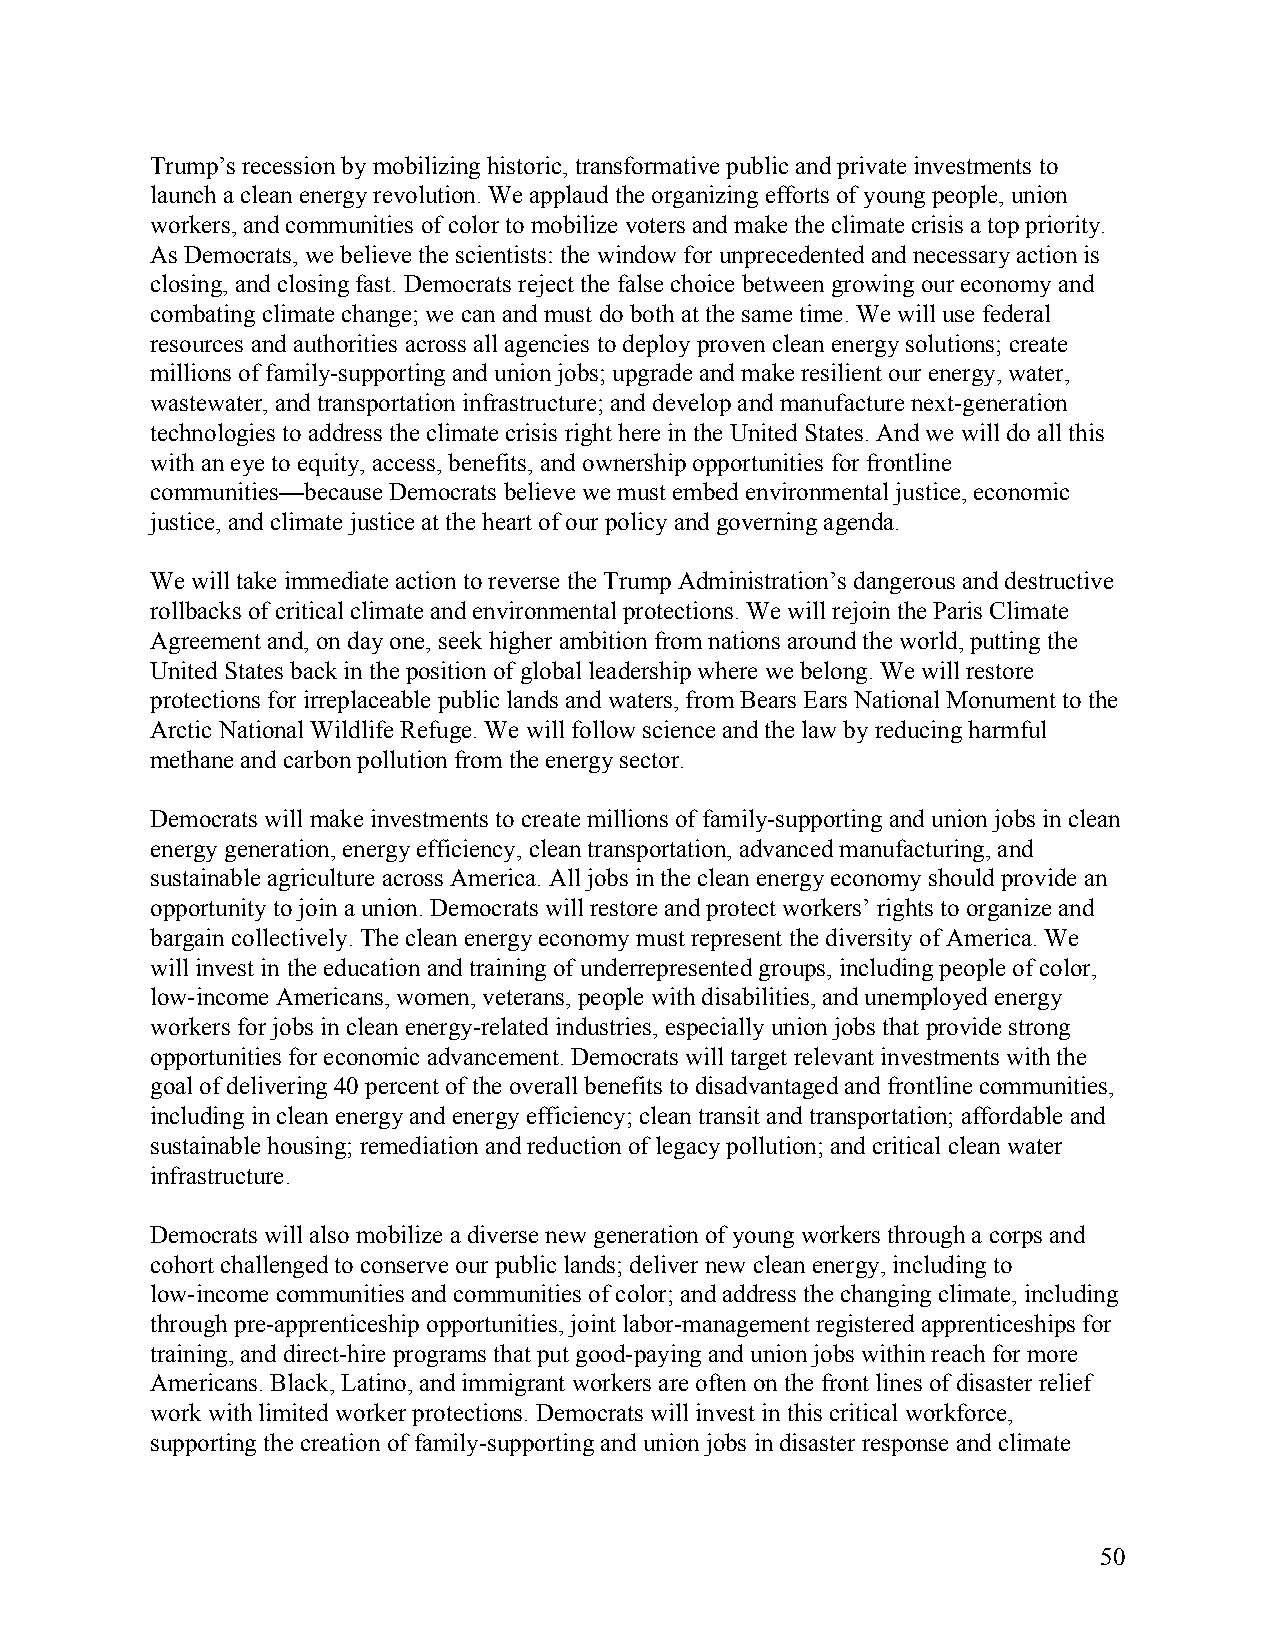
Trump’s recession by mobilizing historic, transformative public and private investments to
 launch a clean energy revolution. We applaud the organizing efforts of young people, union
 workers, and communities of color to mobilize voters and make the climate crisis a top priority.
 As Democrats, we believe the scientists: the window for unprecedented and necessary action is
 closing, and closing fast. Democrats reject the false choice between growing our economy and
 combating climate change; we can and must do both at the same time. We will use federal
 resources and authorities across all agencies to deploy proven clean energy solutions; create
 millions of family-supporting and union jobs; upgrade and make resilient our energy, water,
 wastewater, and transportation infrastructure; and develop and manufacture next-generation
 technologies to address the climate crisis right here in the United States. And we will do all this
 with an eye to equity, access, benefits, and ownership opportunities for frontline
 communities—because Democrats believe we must embed environmental justice, economic
 justice, and climate justice at the heart of our policy and governing agenda.
 We will take immediate action to reverse the Trump Administration’s dangerous and destructive
 rollbacks of critical climate and environmental protections. We will rejoin the Paris Climate
 Agreement and, on day one, seek higher ambition from nations around the world, putting the
 United States back in the position of global leadership where we belong. We will restore
 protections for irreplaceable public lands and waters, from Bears Ears National Monument to the
 Arctic National Wildlife Refuge. We will follow science and the law by reducing harmful
 methane and carbon pollution from the energy sector.
 Democrats will make investments to create millions of family-supporting and union jobs in clean
 energy generation, energy efficiency, clean transportation, advanced manufacturing, and
 sustainable agriculture across America. All jobs in the clean energy economy should provide an
 opportunity to join a union. Democrats will restore and protect workers’ rights to organize and
 bargain collectively. The clean energy economy must represent the diversity of America. We
 will invest in the education and training of underrepresented groups, including people of color,
 low-income Americans, women, veterans, people with disabilities, and unemployed energy
 workers for jobs in clean energy-related industries, especially union jobs that provide strong
 opportunities for economic advancement. Democrats will target relevant investments with the
 goal of delivering 40 percent of the overall benefits to disadvantaged and frontline communities,
 including in clean energy and energy efficiency; clean transit and transportation; affordable and
 sustainable housing; remediation and reduction of legacy pollution; and critical clean water
 infrastructure.
 Democrats will also mobilize a diverse new generation of young workers through a corps and
 cohort challenged to conserve our public lands; deliver new clean energy, including to
 low-income communities and communities of color; and address the changing climate, including
 through pre-apprenticeship opportunities, joint labor-management registered apprenticeships for
 training, and direct-hire programs that put good-paying and union jobs within reach for more
 Americans. Black, Latino, and immigrant workers are often on the front lines of disaster relief
 work with limited worker protections. Democrats will invest in this critical workforce,
 supporting the creation of family-supporting and union jobs in disaster response and climate
 50